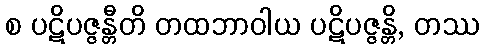
စ ပဋိပဇ္ဇန္တီတိ တထဘာဝါယ ပဋိပဇ္ဇန္တိ, တဿ